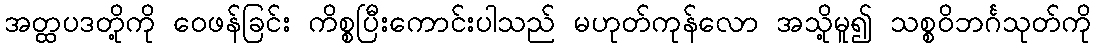
အတ္ထပဒတို့ကို ဝေဖန်ခြင်း ကိစ္စပြီးကောင်းပါသည် မဟုတ်ကုန်လော အသို့မူ၍ သစ္စဝိဘင်္ဂသုတ်ကို